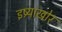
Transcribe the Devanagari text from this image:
इष्र्याखोर